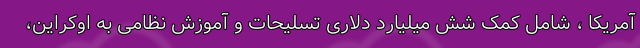
آمریکا ، شامل کمک شش میلیارد دلاری تسلیحات و آموزش نظامی به اوکراین،